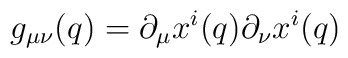
g_{\mu\nu}(q) = \partial_\mu x^i (q) \partial_\nu x^i (q)